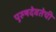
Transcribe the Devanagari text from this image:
पुरुषदेवतेची